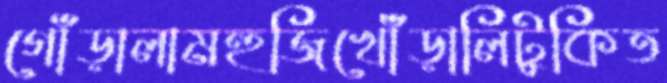
গোঁড়ালামহুজিখোঁড়ালিটুকিত